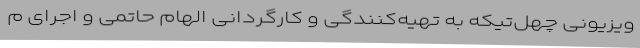
ویزیونی چهل‌تیکه به تهیه‌کنندگی و کارگردانی الهام حاتمی و اجرای م